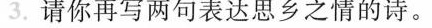
3.请你再写两句表达思乡之情的诗。